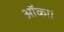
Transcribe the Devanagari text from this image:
आँका।